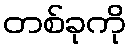
တစ်ခုကို